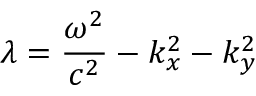
\lambda = \frac { \omega ^ { 2 } } { c ^ { 2 } } - k _ { x } ^ { 2 } - k _ { y } ^ { 2 }